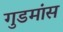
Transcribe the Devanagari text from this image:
गुडमांस